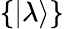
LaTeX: \{ |\lambda\rangle\}